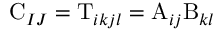
\mathrm { C } _ { I J } = \mathrm { T } _ { i k j l } = \mathrm { A } _ { i j } \mathrm { B } _ { k l }